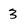
Character: 3